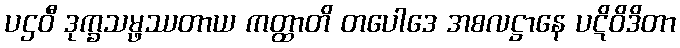
ပဌဝီ ဒုက္ခသမ္ဖဿတာယ ကတ္ထာတိ တပေါဒေ အစလဋ္ဌာနေ ပဋိဝိဒိတာ